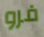
فرو